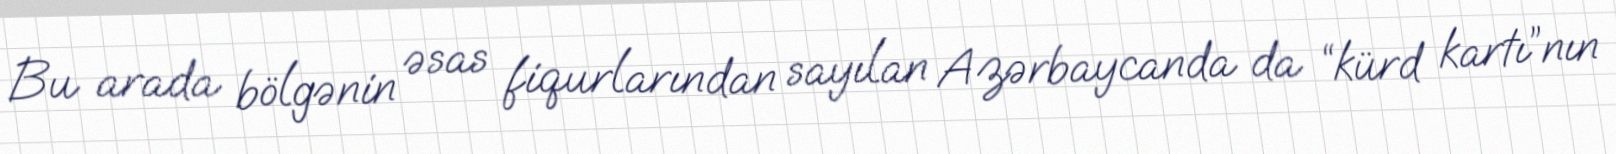
Bu arada bölgənin əsas fiqurlarından sayılan Azərbaycanda da “kürd kartı”nın